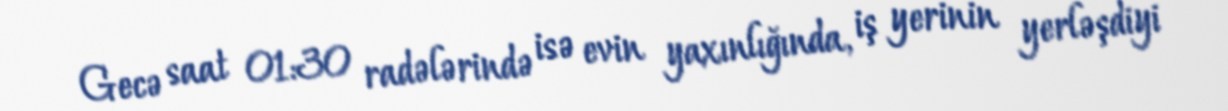
Gecə saat 01:30 radələrində isə evin yaxınlığında, iş yerinin yerləşdiyi